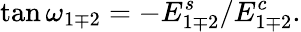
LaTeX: \tan\omega_{1\mp 2}=-E_{1\mp 2}^{s}/E_{1\mp 2}^{c}.